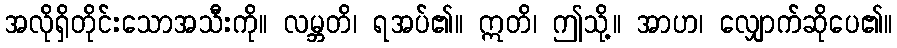
အလိုရှိတိုင်းသောအသီးကို။ လမ္ဘတိ၊ ရအပ်၏။ ဣတိ၊ ဤသို့။ အာဟ၊ လျှောက်ဆိုပေ၏။